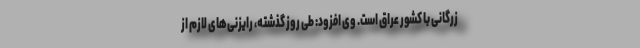
زرگانی با کشور عراق است. وی افزود: طی روز گذشته، رایزنی‌های لازم از